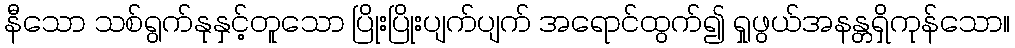
နီသော သစ်ရွက်နုနှင့်တူသော ပြိုးပြိုးပျက်ပျက် အရောင်ထွက်၍ ရှုဖွယ်အနန္တရှိကုန်သော။